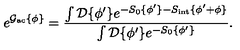
e ^ { { \cal { G } } _ { \mathrm { a c } } \{ { \phi } \} } = \frac { \int { \cal { D } } \{ \phi ^ { \prime } \} e ^ { - S _ { 0 } \{ \phi ^ { \prime } \} - S _ { \mathrm { i n t } } \{ \phi ^ { \prime } + { \phi } \} } } { \int { \cal { D } } \{ \phi ^ { \prime } \} e ^ { - S _ { 0 } \{ \phi ^ { \prime } \} } } .